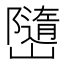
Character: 𭗱